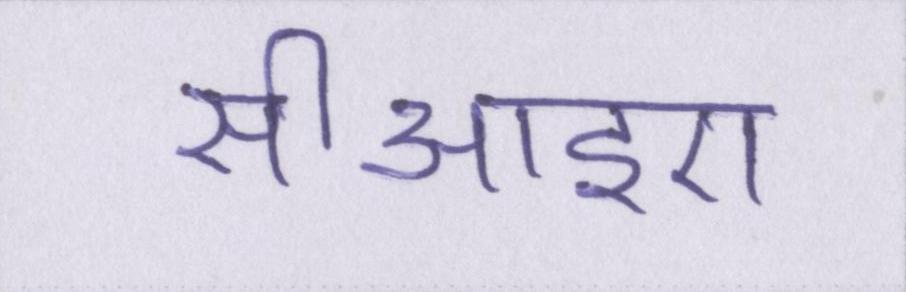
सीआइए